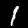
Label: 1